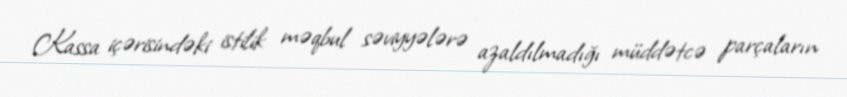
Kassa içərisindəki istilik məqbul səviyyələrə azaldılmadığı müddətcə parçaların